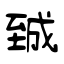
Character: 臹